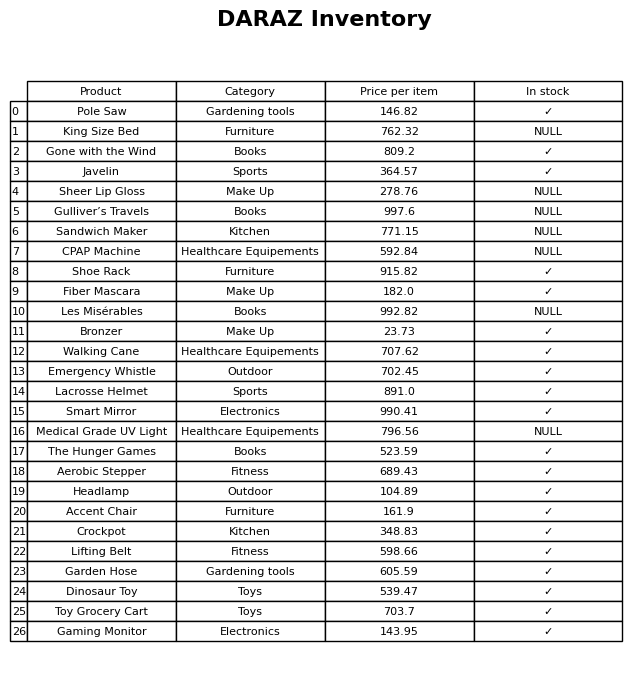
question: What is the price of the The Hunger Games?
answer: The price of The Hunger Games is 523.59.